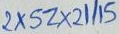
Text: 2XSZ2II15